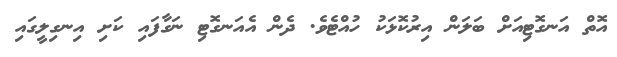
އޮތް އަނގޮޓިއަށް ބަލަން އިރުކޮޅަކު ހުއްޓެވެ. ދެން އެއަނގޮޓި ނަގާފައި ކަށި އިނގިލީގައި